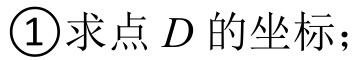
\textcircled{1}求点 \(D\) 的坐标；